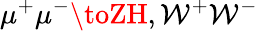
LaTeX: \mu^{+}\mu^{-}\toZH,\mathcal{W}^{+}\mathcal{W}^{-}